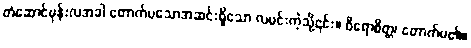
တံဆောင်မုန်းလအခါ တောက်ပသောအဆင်းရှိသော လမင်းကဲ့သို့၎င်း။ ဝိရောစိတ္တ၊ တောက်ပ၏။